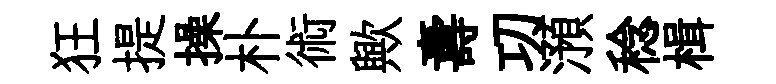
狂提操朴術歟夀㓛澦稔楫